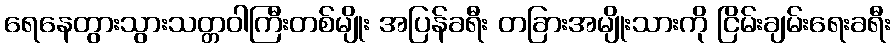
ရေနေတွားသွားသတ္တဝါကြီးတစ်မျိုး အပြန်ခရီး တခြားအမျိုးသားကို ငြိမ်းချမ်းရေးခရီး